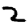
Digit: 2